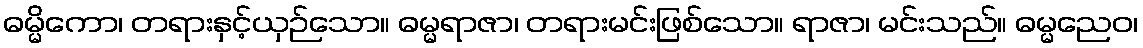
ဓမ္မိကော၊ တရားနှင့်ယှဉ်သော။ ဓမ္မရာဇာ၊ တရားမင်းဖြစ်သော။ ရာဇာ၊ မင်းသည်။ ဓမ္မညေဝ၊